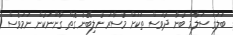
ބަލަގަ ސަލާމް ބުނާ ދުވަސް ތަކަށް މުސާރަ ނުލިބޭނެ ގޮތް ގާނޫނަކުން ނަމަވެސް